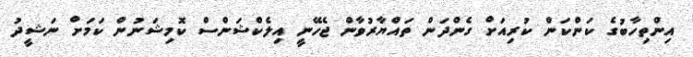
އިންތިހާބުގެ ކަންކަން ކުރިއަށް ގެންދަން ތައްޔާރުވާން ޖެހޭނީ އިލެކްޝަންސް ކޮމިޝަނުން ކަމަށް ނަޝީދު